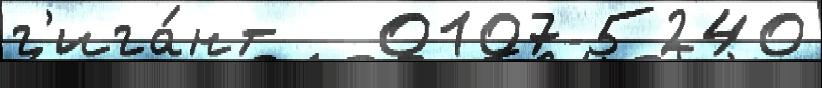
г'ига́нт   0107-5240